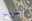
الروح